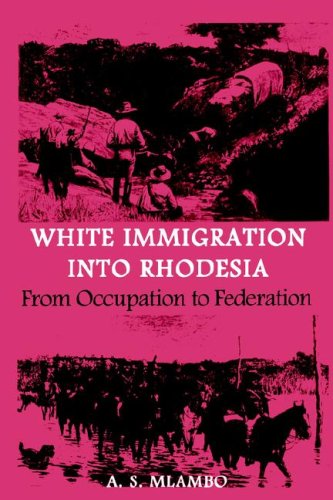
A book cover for White Immigration into Rhodesia; A S Mlambo; History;